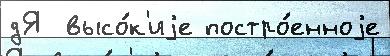
дЯ  высо́к'иjе постро́енноjе